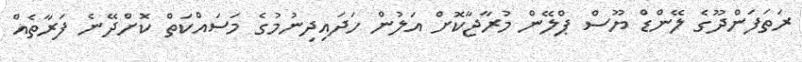
ރަތަފަންދޫގެ ލޭންޑް ޔޫސް ޕްލޭން މުރާޖާކޮށް އަލުން ހަދައިދިނުމުގެ މަސައްކަތް ކޮށްދޭނެ ފަރާތެއް